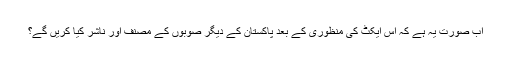
اب صورت یہ ہے کہ اس ایکٹ کی منظوری کے بعد پاکستان کے دیگر صوبوں کے مصنف اور ناشر کیا کریں گے؟